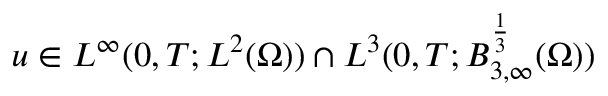
u \in L ^ { \infty } ( 0 , T ; L ^ { 2 } ( \Omega ) ) \cap L ^ { 3 } ( 0 , T ; B _ { 3 , \infty } ^ { \frac { 1 } { 3 } } ( \Omega ) )